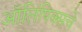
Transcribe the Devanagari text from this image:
ऑलिंपिक्सचे